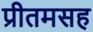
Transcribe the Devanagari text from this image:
प्रीतमसह